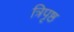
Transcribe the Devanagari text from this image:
त्रिपृष्ठ